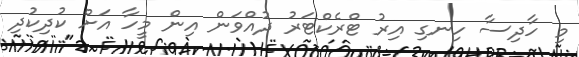
މި ހާދިސާ ހިނގި އިރު ޓްރެކްޓަރު ދުއްވަން އިން މީހާ އަށް ކުދިކުދި